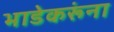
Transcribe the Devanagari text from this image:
भाडेकरूंना